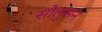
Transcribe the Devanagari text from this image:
सोलुसन